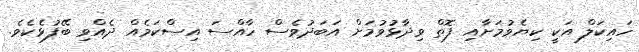
ހައިކަލް އަކީ ކިޔެވުމަށާއި ފޮތް ވިދާޅުވުމަށް އަބަދުވެސް ހާއްސަ އިސްކަމެއް ދެއްވި ބޭފުޅެކެވެ.